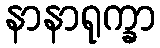
နာနာရုက္ခာ